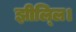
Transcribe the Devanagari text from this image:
झील्‍लि।